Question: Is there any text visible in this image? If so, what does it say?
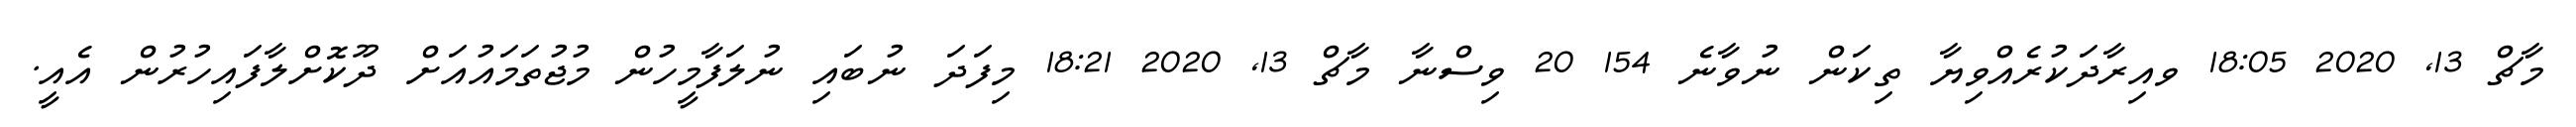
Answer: މާޗް 13, 2020 18:05 ވއިރާދަކުރެއްވިޔާ ތިކަން ނުވާނެ 154 20 ވިސްނާ މާޗް 13, 2020 18:21 މިފަދަ ނުބައި ނުލަފާމީހުން މުޖުތަމައުއަށް ދޫކޮށްލާފައިހުރުން އެއީ.